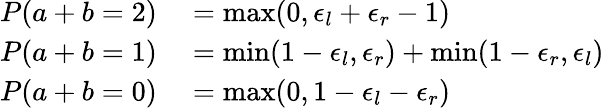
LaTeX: \begin{array}{rl}{P(a+b=2)}&{{}=\operatorname*{max}(0,\epsilon_{l}+\epsilon_{r}-1)}\\ {P(a+b=1)}&{{}=\operatorname*{min}(1-\epsilon_{l},\epsilon_{r})+\operatorname*{min}(1-\epsilon_{r},\epsilon_{l})}\\ {P(a+b=0)}&{{}=\operatorname*{max}(0,1-\epsilon_{l}-\epsilon_{r})}\end{array}